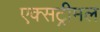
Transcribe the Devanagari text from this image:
एक्सट्रीमल